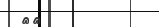
٨٣